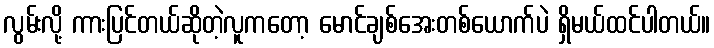
လွမ်းလို့ ကားပြင်တယ်ဆိုတဲ့လူကတော့ မောင်ချစ်အေးတစ်ယောက်ပဲ ရှိမယ်ထင်ပါတယ်။